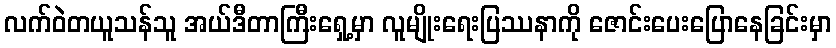
လက်ဝဲတယူသန်သူ အယ်ဒီတာကြီးရှေ့မှာ လူမျိုးရေးပြဿနာကို ဇောင်းပေးပြောနေခြင်းမှာ